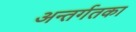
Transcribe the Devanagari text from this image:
अन्तर्गतका